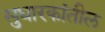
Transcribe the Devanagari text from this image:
सुधारकांतील